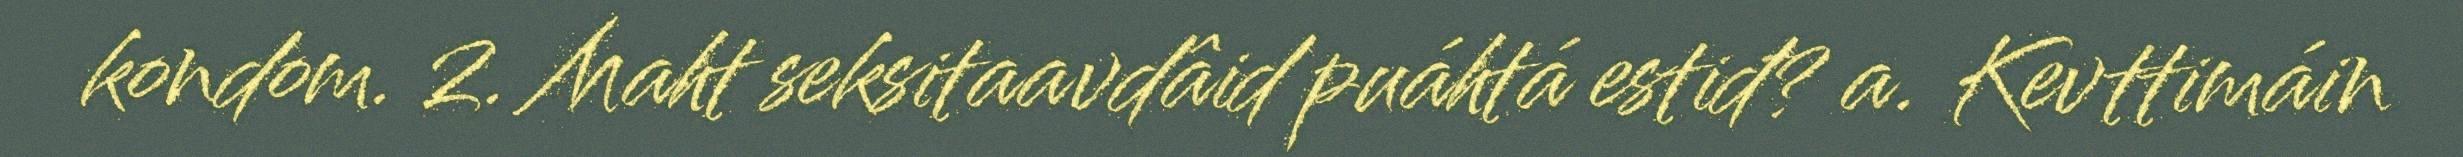
kondom. 2. Maht seksitaavdâid puáhtá estiđ? a. Kevttimáin